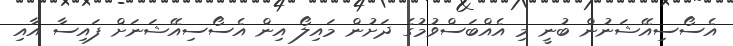
އެސޯސިއޭޝަނުން ބުނީ މި އެއްބަސްވުމުގެ ދަށުން މައިލޯ އިން އެސޯސިއޭޝަނަށް ފައިސާ އާއި